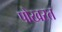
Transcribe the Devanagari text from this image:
पोखरत